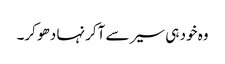
وہ خود ہی سیر سے آکر نہا دھو کر۔